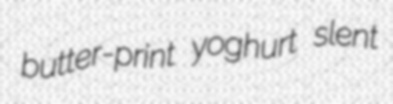
butter-print yoghurt slent